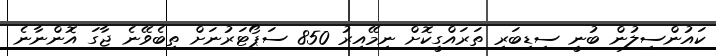
ކައުންސިލުން ބުނީ ސިޑިބަރި ތަރައްގީކޮށް ނިމޭއިރު 850 ސަޕޯޓަރުނަށް ތިބެވޭނެ ޖާގަ އޮންނާނެ